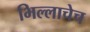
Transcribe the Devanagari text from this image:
भिल्लाचेच